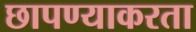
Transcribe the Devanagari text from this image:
छापण्याकरता